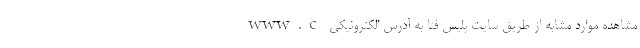
مشاهده موارد مشابه از طریق سایت پلیس فتا به آدرس الکترونیکی www.c